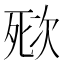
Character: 𣣌